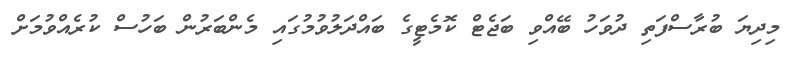
މިދިޔަ ބުރާސްފަތި ދުވަހު ބޭއްވި ބަޖެޓް ކޮމެޓީގެ ބައްދަލުވުމުގައި މެންބަރުން ބަހުސް ކުރެއްވުމަށް